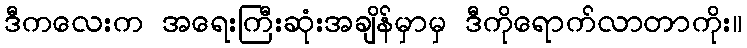
ဒီကလေးက အရေးကြီးဆုံးအချိန်မှာမှ ဒီကိုရောက်လာတာကိုး။